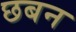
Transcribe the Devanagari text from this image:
छबन